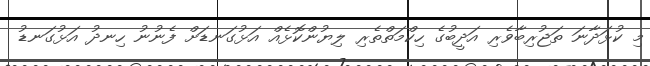
މި ކުޅަދާނަ ތަޖުރިބާވެރި އަދީބުގެ ހިކްމަތްތެރި ލިޔުންކޮޅެއް އަޅުގަނޑަށް ފެނުނު ހިނދު އަޅުގަނޑު